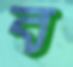
ব